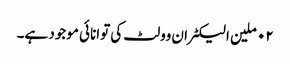
٠٢ ملین الیکٹران وولٹ کی توانائی موجود ہے۔